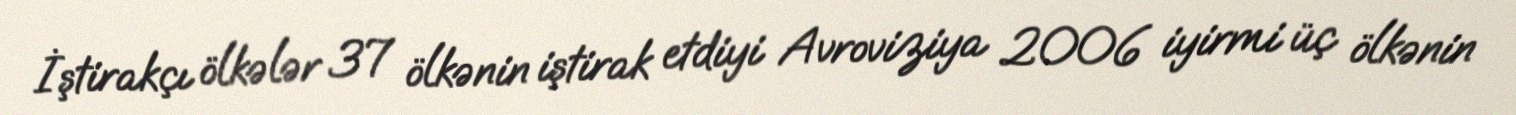
İştirakçı ölkələr 37 ölkənin iştirak etdiyi Avroviziya 2006 iyirmi üç ölkənin